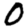
Digit: 0